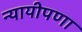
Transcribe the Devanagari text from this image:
न्यायीपणा